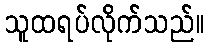
သူထရပ်လိုက်သည်။